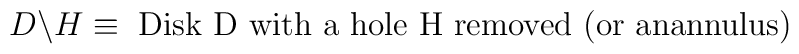
D\backslash H \equiv \mbox{ Disk D with a hole H removed (or anannulus)}